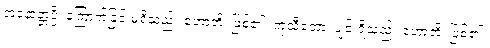
အနောတ္တပ္ပီ၊ ကြောက်ခြင်းမရှိသည်။ ဟောတိ၊ ဖြစ်၏။ ကုသီတော၊ ပျင်းရိသည်။ ဟောတိ၊ ဖြစ်၏။